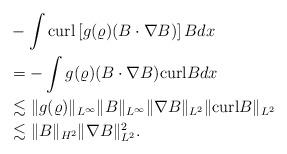
LaTeX: \begin{align*}\begin{aligned}&-\int {\rm curl}\left[g(\varrho)(B\cdot \nabla B)\right]Bdx\\&=-\int g(\varrho)(B\cdot \nabla B){\rm curl}Bdx\\&\lesssim \|g(\varrho)\|_{L^\infty}\|B\|_{L^\infty}\|\nabla B\|_{L^2}\|{\rm curl} B\|_{L^2}\\&\lesssim \|B\|_{H^2}\|\nabla B\|_{L^2}^2.\end{aligned}\end{align*}